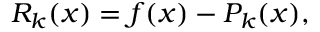
\ R _ { k } ( x ) = f ( x ) - P _ { k } ( x ) ,